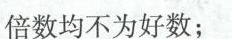
倍数均不为好数；